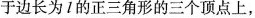
于边长为1的正三角形的三个顶点上，